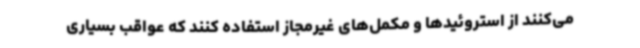
می‌کنند از استروئیدها و مکمل‌های غیرمجاز استفاده کنند که عواقب بسیاری